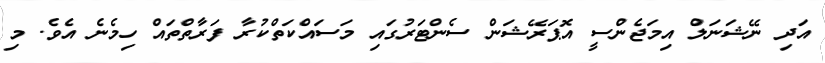
އަދި ނޭޝަނަލް އިމަޖެންސީ އޮޕަރޭޝަން ސެންޓަރުގައި މަސައްކަތްކުރާ ފަރާތްތައް ހިމެނެ އެވެ. މި